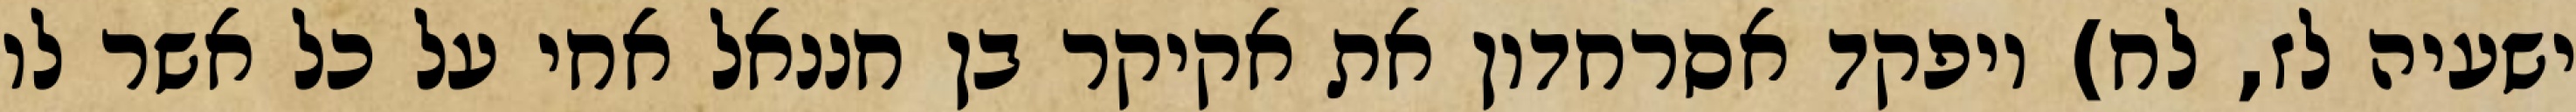
ישעיה לז, לח) ויפקד אסרחדון את אקיקר בן חננאל אחי על כל אשר לו